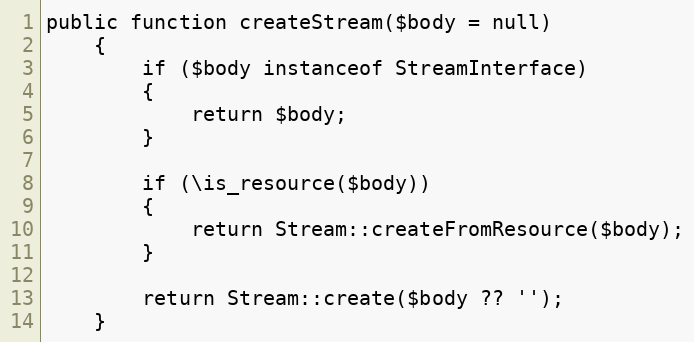
Language: PHP
public function createStream($body = null)
    {
        if ($body instanceof StreamInterface)
        {
            return $body;
        }

        if (\is_resource($body))
        {
            return Stream::createFromResource($body);
        }

        return Stream::create($body ?? '');
    }